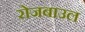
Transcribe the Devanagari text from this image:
रोजबाउल